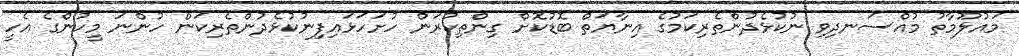
މައުލޫމާތު މުއްސަނދިވި ނުކުޅެދުންތެރިކަމުގެ އިނާޔަތް ބޮޑުކޮށް ގިންތިކުރަން ހުށަހަޅައިފިނުކުޅެދުންތެރިކަން ހުންނަ މީހުންގެ އެހީ